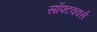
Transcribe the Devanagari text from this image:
सॉफ्टवर्क्स